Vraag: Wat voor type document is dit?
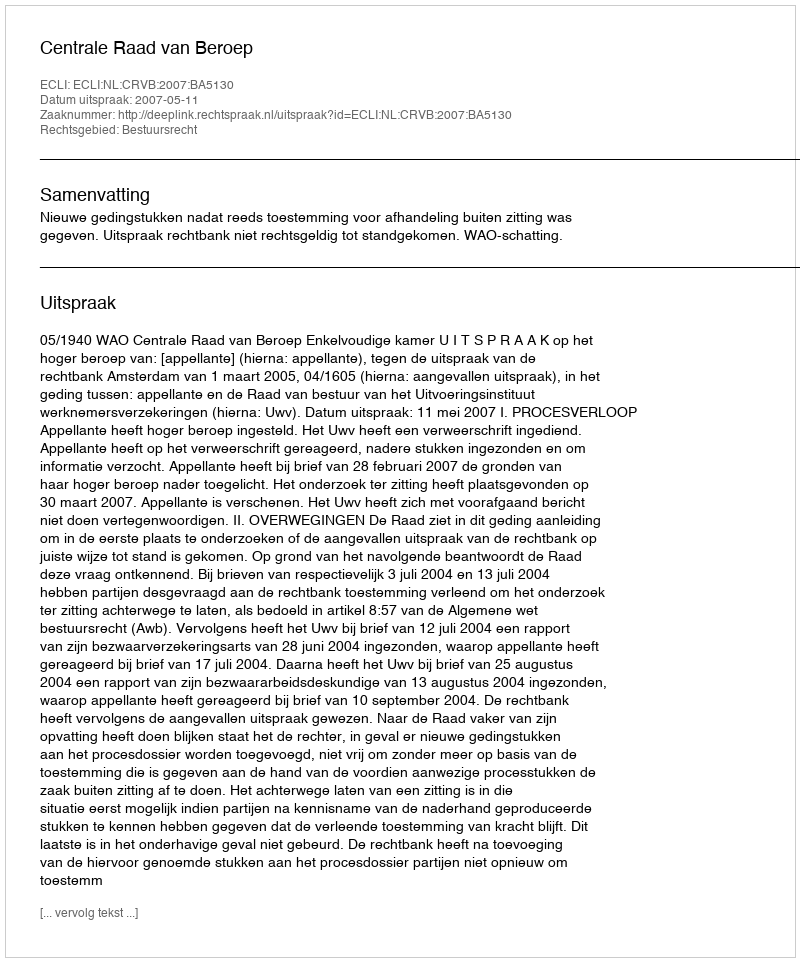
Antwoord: Uitspraak